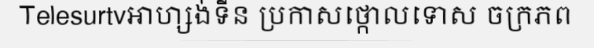
Telesurtvអាហ្សង់ទីន ប្រកាសថ្កោលទោស ចក្រភព